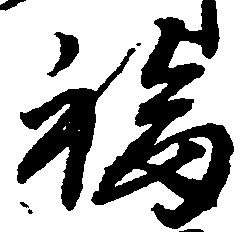
福